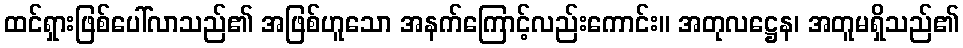
ထင်ရှားဖြစ်ပေါ်လာသည်၏ အဖြစ်ဟူသော အနက်ကြောင့်လည်းကောင်း။ အတုလဋ္ဌေန၊ အတူမရှိသည်၏